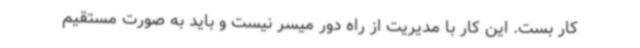
کار بست. این کار با مدیریت از راه دور میسر نیست و باید به صورت مستقیم